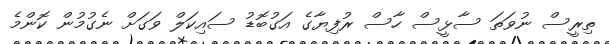
ތިރީސް ނުވަތަ ސާޅީސް ހާސް ރުފިޔާގެ އަގުބޮޑު ސައިކަލް ވަގަށް ނެގުމުން ކޮންމެ